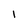
Character: I